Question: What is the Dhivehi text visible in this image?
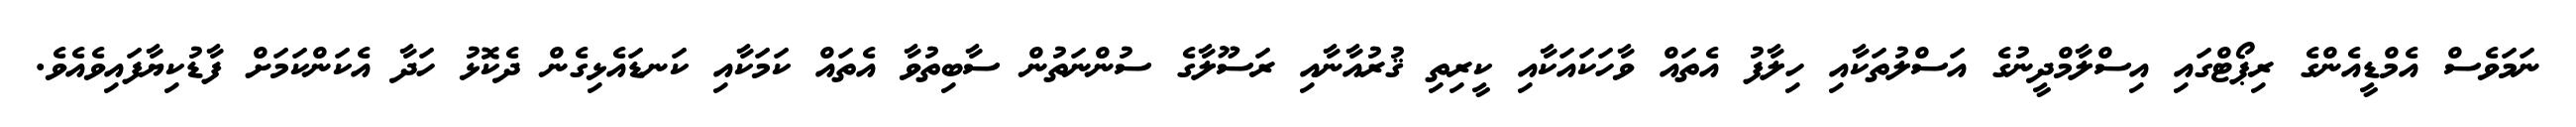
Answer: ނަމަވެސް އެމްޑީއެންގެ ރިޕޯޓްގައި އިސްލާމްދީނުގެ އަސްލުތަކާއި ހިލާފު އެތައް ވާހަކައަކާއި ކީރިތި ޤުރުއާނާއި ރަސޫލާގެ ސުންނަތުން ސާބިތުވާ އެތައް ކަމަކާއި ކަނޑައެޅިގެން ދެކޮޅު ހަދާ އެކަންކަމަށް ފާޑުކިޔާފައިވެއެވެ.